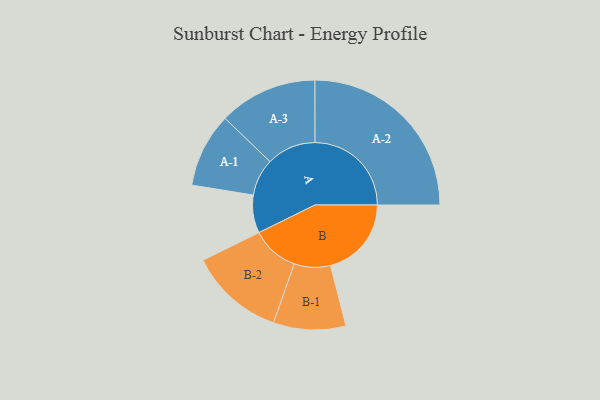
{"axis": {"x": "Segment", "y": "Value"}, "legend": ["", "A", "B"], "data": [{"x": "A", "y": 110, "type": ""}, {"x": "B", "y": 235, "type": ""}, {"x": "A-1", "y": 108, "type": "A"}, {"x": "A-2", "y": 280, "type": "A"}, {"x": "A-3", "y": 143, "type": "A"}, {"x": "B-1", "y": 105, "type": "B"}, {"x": "B-2", "y": 138, "type": "B"}]}